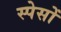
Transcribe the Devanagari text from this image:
स्पेसों